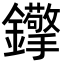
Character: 𨰈